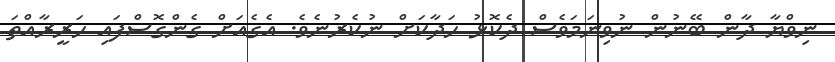
ނިވްޔާ ދާން ބޭނުން ނުވިނަމަވެސް ދެކޮޅު ހަދާކަށް ނުކެރުނެވެ. އެގެއަށް ގެންގޮސްފައި ހަރީރާއްތަ